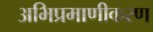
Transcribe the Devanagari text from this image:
अभिप्रमाणीकरण